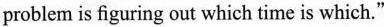
problem is figuring out which time is which."